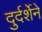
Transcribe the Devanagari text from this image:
दुर्दर्शेने